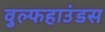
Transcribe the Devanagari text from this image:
वुल्फहाउंडस